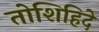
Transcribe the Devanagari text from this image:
तोशिहिदे